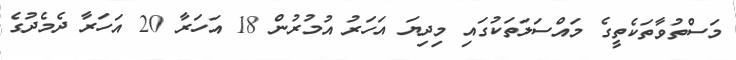
މަސްތުވާތަކެތީގެ މައްސަލަތަކުގައި މިދިޔަ އަހަރު އުމުރުން 18 އަހަރާ 20 އަހަރާ ދެމެދުގެ